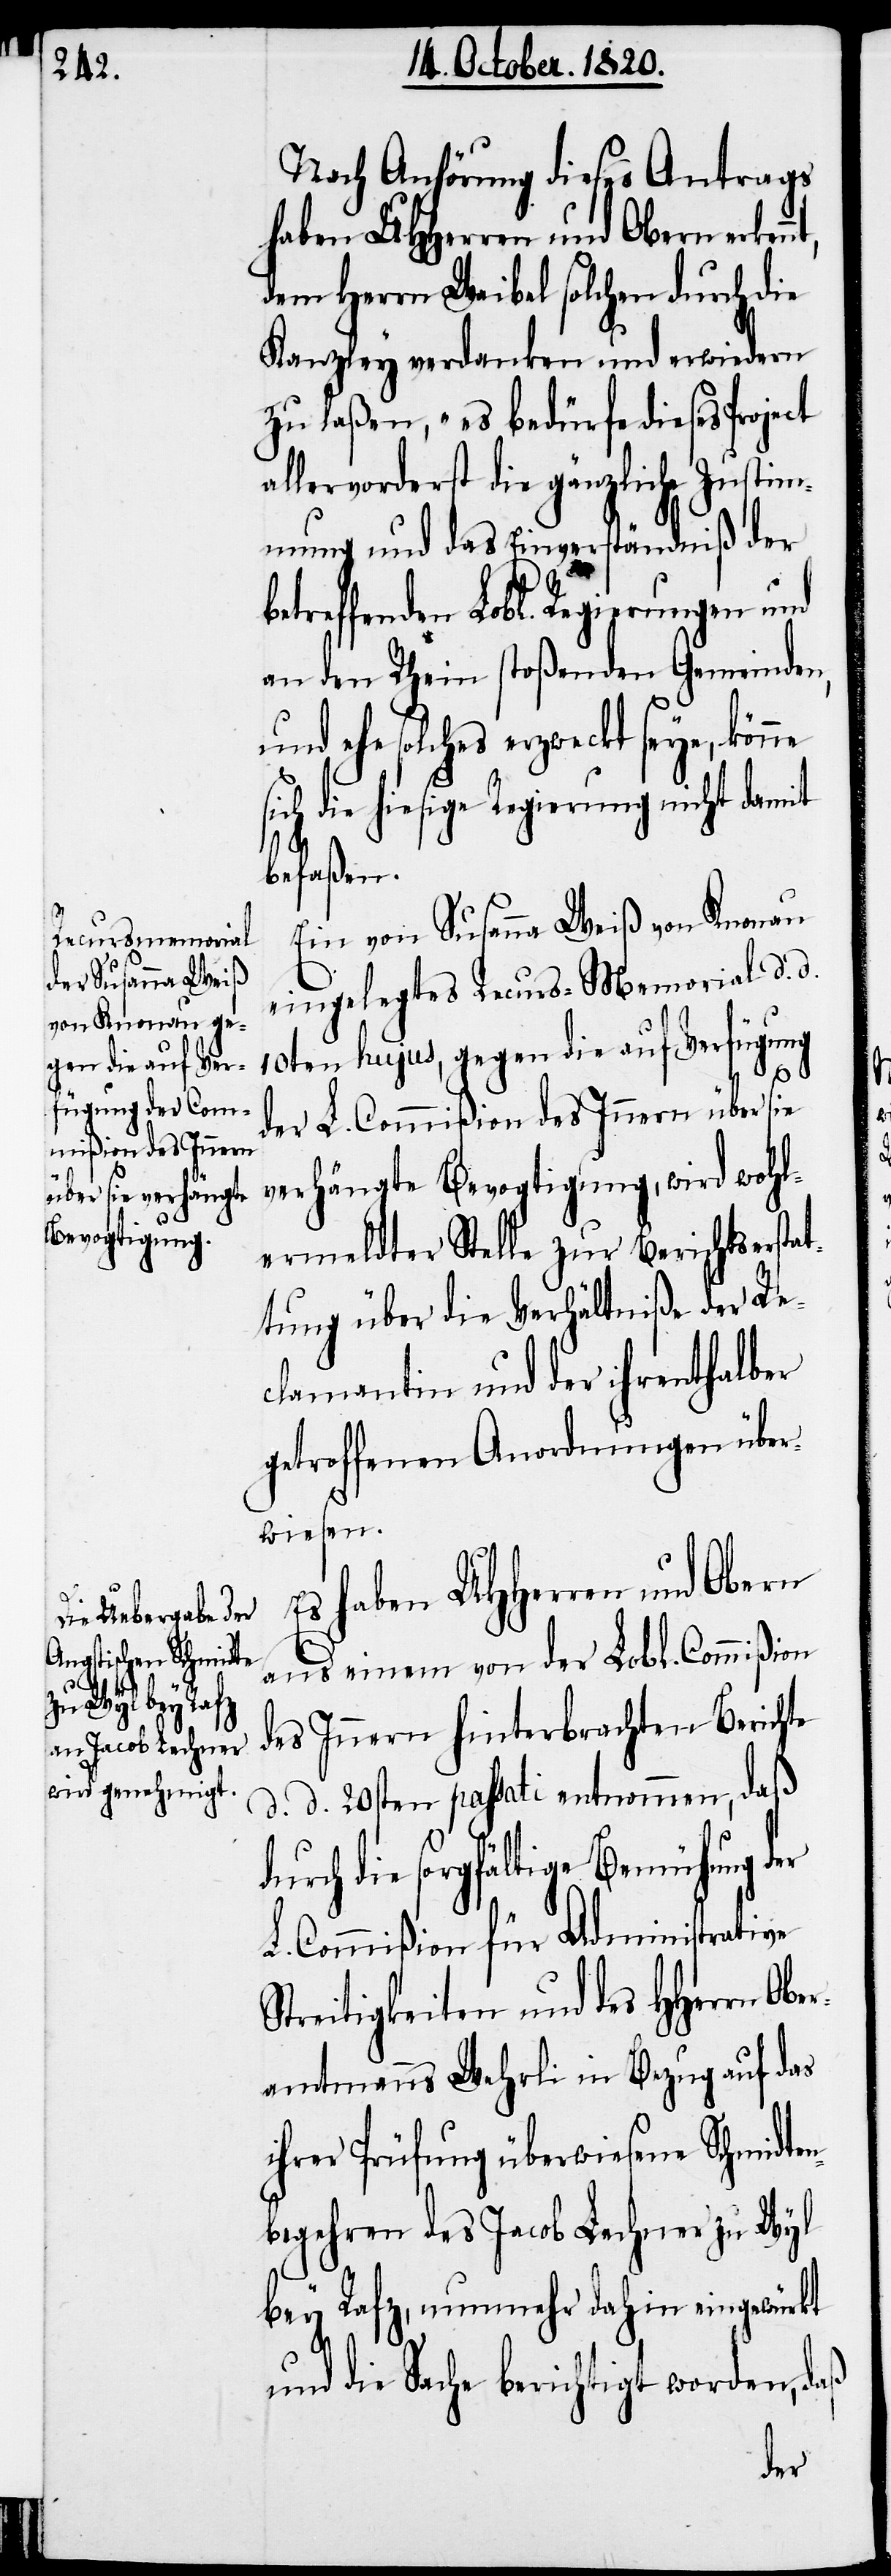
d¬

Nach Anhörung dieses Antrages
haben UHherren und Obern erken¬
dem Herrn Waibel solchen durch die
Kanzley verdanken und erwiedern
zu laßen, es bedürfe dieses
allervorderst die gänzliche Zustim¬
mung und das Einverständniß der
etreffenden Lobl. Regierungen und
an den Rhein stoßenden Gemeinden,
und ehe solches erzweckt seye, könne
ich die hiesige Regierung nicht damit
befaßen.
Ein von Susanna Weiß von Knonau
eingelegtes Recurs-Memorial d.
10ten hujus, gegen die auf Verfügung
der L. Commißion des Innern über sie
verhängte Bevogtigung, wird wohl¬
ermeldter Stelle zur Berichtsersta¬
ttung über die Verhältniße der Re¬
clamantin und der ihrenthalber
getroffenen Anordnungen über¬
wiesen.
Es haben UHherren und Obern
aus einem von der Lobl. Commißion
des Innern hinterbrachten Berichte
d. d. 20sten passati entnommen, daß
urch die sorgfältige Bemühung der
L. Commißion für Administrative
Streitigkeiten und des Hherrn Ober¬
amtmanns Wehrli in Bezug auf das
ihrer Prüfung überwiesene Schmidten¬
begehren des Jacob Lechner zu Wyl
bey Rafz, nunmehr dahin eingewürkt
und die Sache berichtigt worden, daß